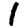
Digit: 1